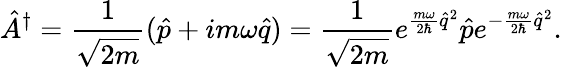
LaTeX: \hat{A}^{\dagger}=\frac{1}{\sqrt{2m}}(\hat{p}+im\omega\hat{q})=\frac{1}{\sqrt{2m}}e^{\frac{m\omega}{2\hbar}\hat{q}^{2}}\hat{p}e^{-\frac{m\omega}{2\hbar}\hat{q}^{2}}.